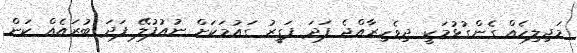
މަޖިލިހެއް ގެންގުޅުމަކީ ދިވެހިރާއްޖެ ފަދަ ފަގީރު ގައުމަކަށް ނުއުފުލޭ ފަދަ ބުރައެއް ކަން